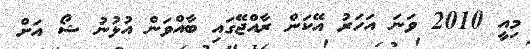
މިއީ 2010 ވަނަ އަހަރު އޭކަން ރާއްޖޭގައި ބާއްވަން އުޅުނު ޝޯ އަށް